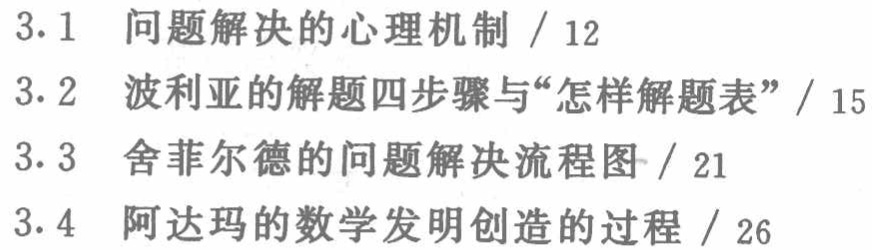
3.1 问题解决的心理机制 / 12

3.2 波利亚的解题四步骤与“怎样解题表” / 15

3.3 舍菲尔德的问题解决流程图 / 21

3.4 阿达玛的数学发明创造的过程 / 26